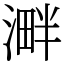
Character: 溿